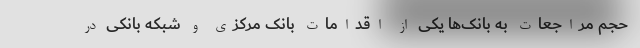
حجم مراجعات به بانک‌ها یکی از اقدامات بانک مرکزی و شبکه بانکی در